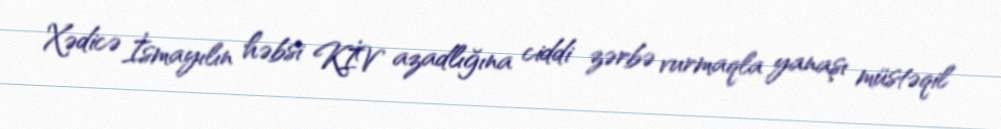
Xədicə İsmayılın həbsi KİV azadlığına ciddi zərbə vurmaqla yanaşı müstəqil